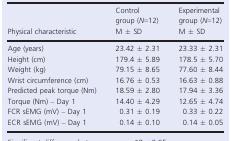
<table><thead><tr><td rowspan="2"><b>Physical characteristic</b></td><td><b>Control group (<i>N</i>=12)</b></td><td><b>Experimental group (<i>N</i>=12)</b></td></tr><tr><td><b>M ± SD</b></td><td><b>M ± SD</b></td></tr></thead><tbody><tr><td>Age (years)</td><td>23.42 ± 2.31</td><td>23.33 ± 2.31</td></tr><tr><td>Height (cm)</td><td>179.4 ± 5.89</td><td>178.5 ± 5.70</td></tr><tr><td>Weight (kg)</td><td>79.15 ± 8.65</td><td>77.60 ± 8.44</td></tr><tr><td>Wrist circumference (cm)</td><td>16.76 ± 0.53</td><td>16.63 ± 0.88</td></tr><tr><td>Predicted peak torque (Nm)</td><td>18.59 ± 2.80</td><td>17.94 ± 3.36</td></tr><tr><td>Torque (Nm) – Day 1</td><td>14.40 ± 4.29</td><td>12.65 ± 4.74</td></tr><tr><td>FCR sEMG (mV) – Day 1</td><td>0.31 ± 0.19</td><td>0.33 ± 0.22</td></tr><tr><td>ECR sEMG (mV) – Day 1</td><td>0.14 ± 0.10</td><td>0.14 ± 0.05</td></tr></tbody></table>